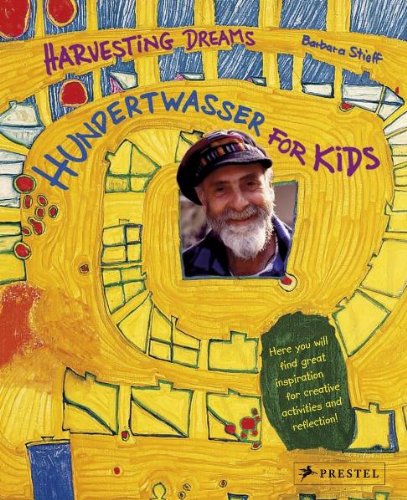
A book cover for Hundertwasser for Kids: Harvesting Dreams; Barbara Stieff; Children's Books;